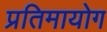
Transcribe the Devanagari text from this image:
प्रतिमायोग